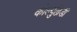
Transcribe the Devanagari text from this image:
कोल्युब्रिडी